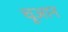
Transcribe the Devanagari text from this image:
चूआन